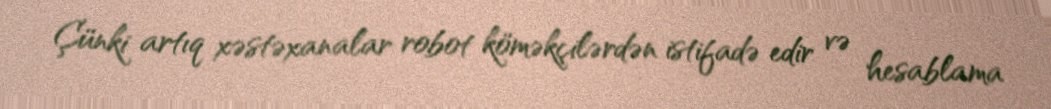
Çünki artıq xəstəxanalar robot köməkçilərdən istifadə edir və hesablama